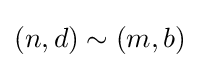
(n,d)\sim (m,b)